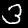
Label: 3